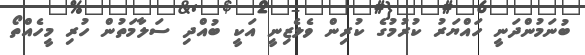
ބުނަމުންދަނީ ހައްޔަރު ކުރުމުގެ ކުރިން ވެލެޒިނީ އަކީ ބުއްދި ސަލާމަތުން ހުރި މީހެއްތޯ